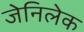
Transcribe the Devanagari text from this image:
जेनिलेक